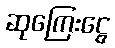
ဆုကြေးငွေ